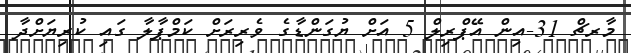
މާރޗް 31-އިން އޭޕްރިލް 5 އަށް ޔުގަންޑާގެ ވެރިރަށް ކަމްޕާލާ ގައި ކުރިޔަށްދާ